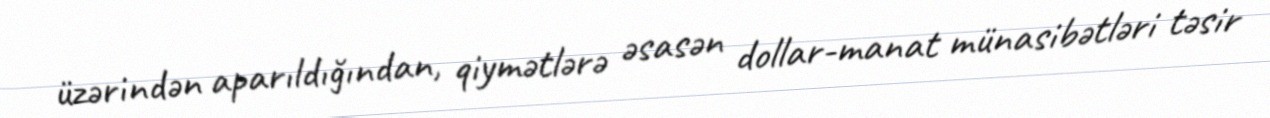
üzərindən aparıldığından, qiymətlərə əsasən dollar-manat münasibətləri təsir